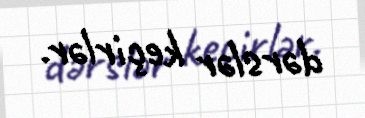
dərslər keçirlər.